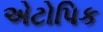
એટોપિક